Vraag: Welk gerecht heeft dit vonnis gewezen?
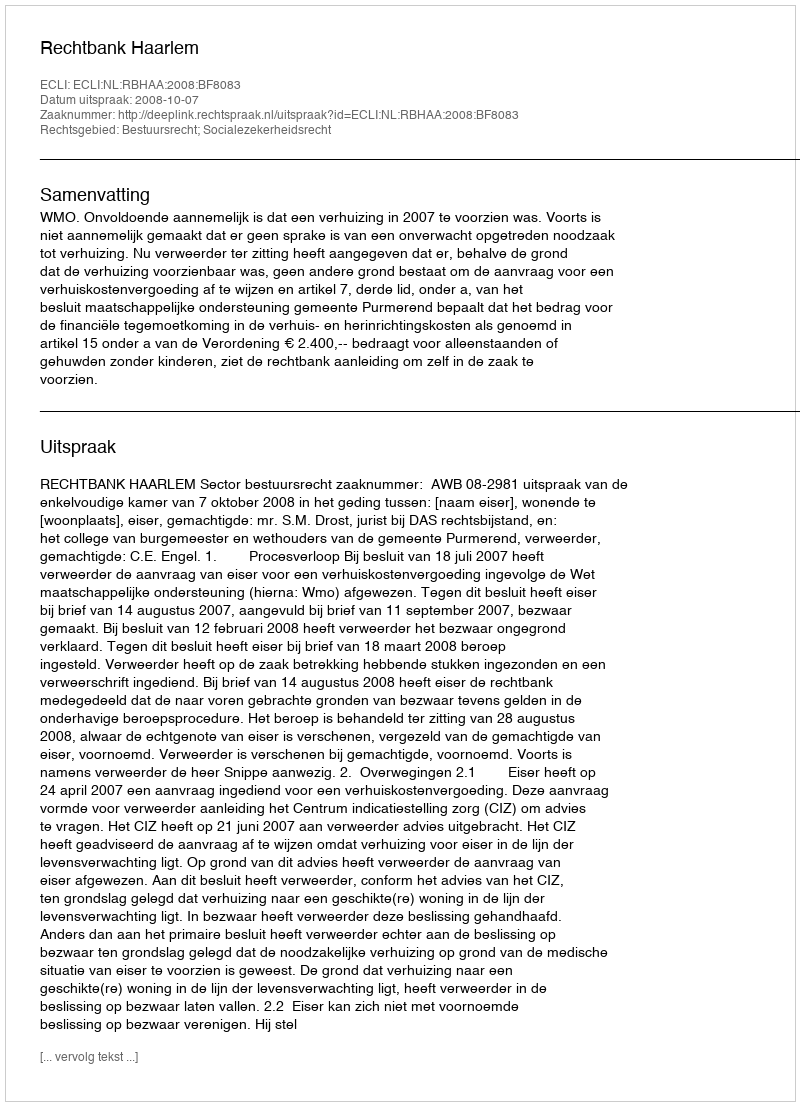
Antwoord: Rechtbank Haarlem